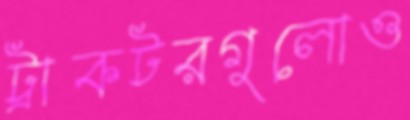
ট্রাকটরগুলোও